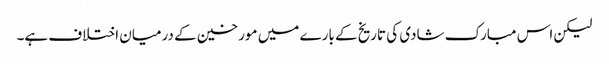
لیکن اس مبارک شادی کی تاریخ کے بارے میں مورخین کے درمیان اختلاف ہے۔